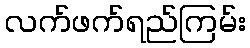
လက်ဖက်ရည်ကြမ်း